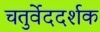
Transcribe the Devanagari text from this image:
चतुर्वेददर्शक